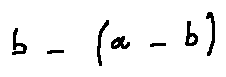
b - ( a - b )